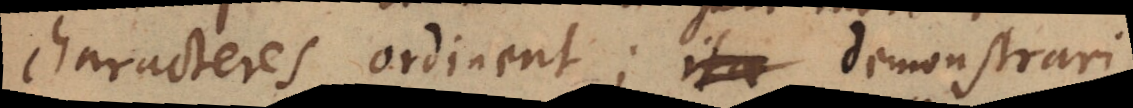
characteres ordinent; ita demonstrari